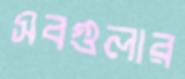
সবগুলার